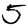
Digit: 5